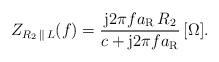
LaTeX: \begin{align*} Z_{R_2\,\parallel\,L}(f) = \frac{\textrm{j}2\pi fa_{\textrm{R}}\,R_2}{c + \textrm{j}2\pi f a_{\textrm{R}}}\,[\Omega].\end{align*}